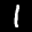
Label: 1